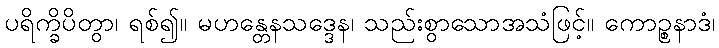
ပရိက္ခိပိတွာ၊ ရစ်၍။ မဟန္တေနသဒ္ဒေန၊ သည်းစွာသောအသံဖြင့်။ ကောဉ္စနာဒံ၊